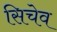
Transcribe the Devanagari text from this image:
सिचेव